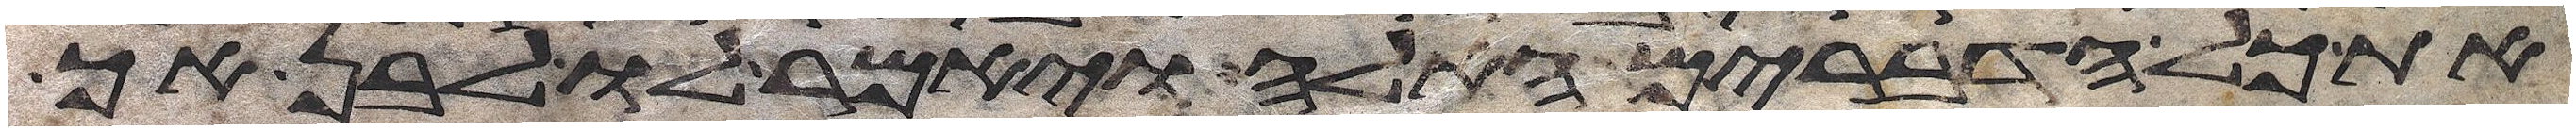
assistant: את כל הדברים האלה ויאמר לו לבן אך